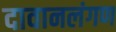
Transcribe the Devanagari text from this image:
दावानलंगण